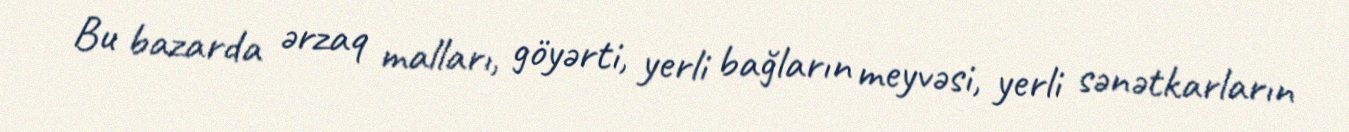
Bu bazarda ərzaq malları, göyərti, yerli bağların meyvəsi, yerli sənətkarların